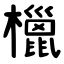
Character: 㯿